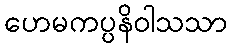
ဟေမကပ္ပနိဝါသသာ